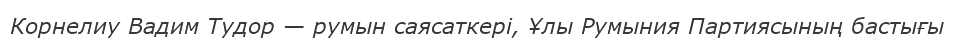
Корнелиу Вадим Тудор — румын саясаткері, Ұлы Румыния Партиясының бастығы